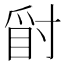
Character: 𱬾